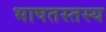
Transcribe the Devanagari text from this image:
भाषतस्तस्य